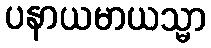
ပနာယမာယသ္မာ